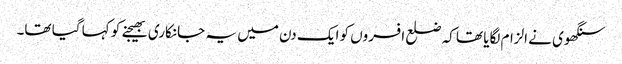
سنگھوی نے الزام لگایا تھا کہ ضلع افسروں کو ایک دن میں یہ جانکاری بھیجنے کو کہا گیا تھا۔